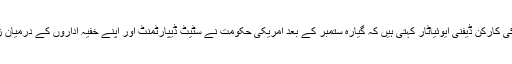
ایک امریکی وکیل ، صحافی اور انسانی حقوق کی کارکن ڈیفنی ایوئیاٹار کہتی ہیں کہ گیارہ ستمبر کے بعد امریکی حکومت نے سٹیٹ ڈیپارٹمنٹ اور اپنے خفیہ اداروں کے درمیان زیادہ قریبی رابطوں کی ضرورت محسوس کی ۔